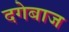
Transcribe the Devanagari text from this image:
दगेबाज